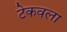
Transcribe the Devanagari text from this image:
टेकवला